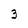
Character: 3